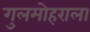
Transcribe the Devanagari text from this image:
गुलमोहराला